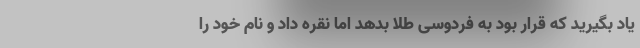
یاد بگیرید که قرار بود به فردوسی طلا بدهد اما نقره داد و نام خود را